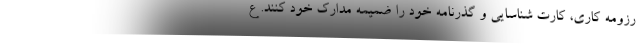
رزومه کاری، کارت شناسایی و گذرنامه خود را ضمیمه مدارک خود کنند. ع